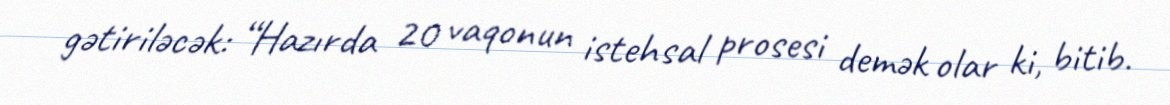
gətiriləcək: “Hazırda 20 vaqonun istehsal prosesi demək olar ki, bitib.